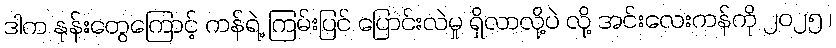
ဒါက နုန်းတွေကြောင့် ကန်ရဲ့ ကြမ်းပြင် ပြောင်းလဲမှု ရှိလာလို့ပဲ လို့ အင်းလေးကန်ကို ၂၀၂၅ ၊